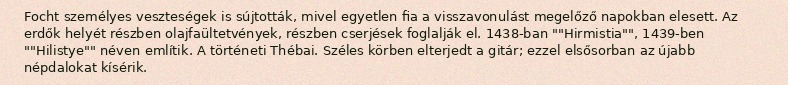
Focht személyes veszteségek is sújtották, mivel egyetlen fia a visszavonulást megelőző napokban elesett. Az erdők helyét részben olajfaültetvények, részben cserjések foglalják el. 1438-ban ""Hirmistia"", 1439-ben ""Hilistye"" néven említik. A történeti Thébai. Széles körben elterjedt a gitár; ezzel elsősorban az újabb népdalokat kísérik.